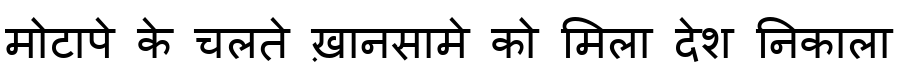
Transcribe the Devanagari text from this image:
मोटापे के चलते ख़ानसामे को मिला देश निकाला